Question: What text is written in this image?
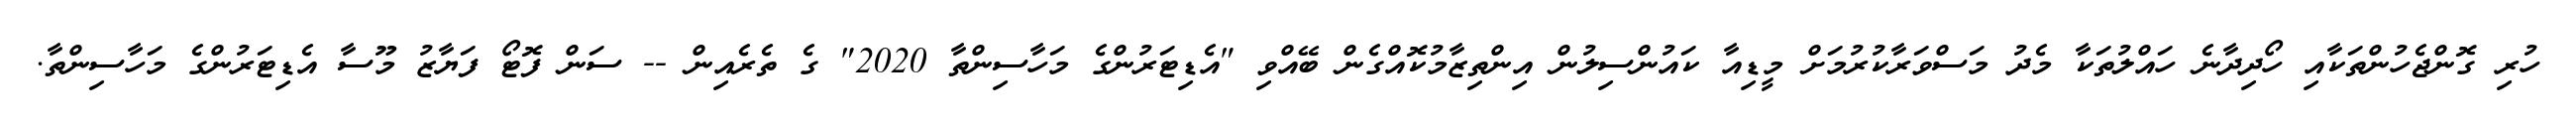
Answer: ހުރި ގޮންޖެހުންތަކާއި ހޯދިދާނެ ހައްލުތަކާ މެދު މަސްވަރާކުރުމަށް މީޑިއާ ކައުންސިލުން އިންތިޒާމުކޮއްގެން ބޭއްވި "އެޑިޓަރުންގެ މަހާސިންތާ 2020" ގެ ތެރެއިން -- ސަން ފޮޓޯ ފަޔާޒު މޫސާ އެޑިޓަރުންގެ މަހާސިންތާ.